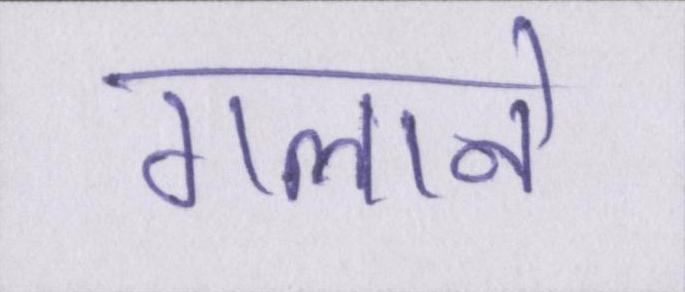
गलाने